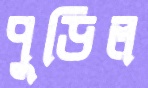
পুড়িল